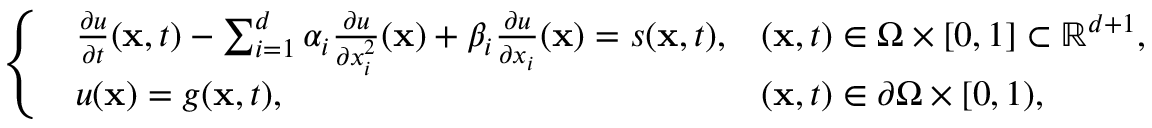
\left\{ \begin{array} { l l } { \begin{array} { l l } { \frac { \partial u } { \partial t } ( \mathbf { x } , t ) - \sum _ { i = 1 } ^ { d } \alpha _ { i } \frac { \partial u } { \partial x _ { i } ^ { 2 } } ( \mathbf { x } ) + \beta _ { i } \frac { \partial u } { \partial x _ { i } } ( \mathbf { x } ) = s ( \mathbf { x } , t ) , } & { ( \mathbf { x } , t ) \in \Omega \times [ 0 , 1 ] \subset \mathbb { R } ^ { d + 1 } , } \\ { u ( \mathbf { x } ) = g ( \mathbf { x } , t ) , } & { ( \mathbf { x } , t ) \in \partial \Omega \times [ 0 , 1 ) , } \end{array} } \end{array} \right.